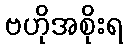
ဗဟိုအစိုးရ